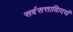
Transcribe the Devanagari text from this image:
सर्वसत्तावािदयों